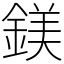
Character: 鎂